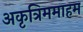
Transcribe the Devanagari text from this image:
अकृत्रिममाहम